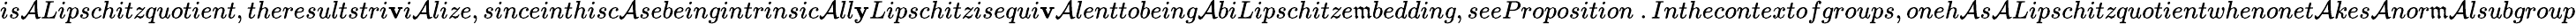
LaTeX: is\mathcal{A}Lipschitzquotient,theresultstri\mathbf{v}i\mathcal{A}lize,sinceinthisc\mathcal{A}sebeingintrinsic\mathcal{A}ll\mathbf{y}Lipschitzisequi\mathbf{v}\mathcal{A}lenttobeing\mathcal{A}biLipschitze\mathfrak{m}bedding,seeProposition~.Inthecontextofgroups,oneh\mathcal{A}s\mathcal{A}Lipschitzquotientwhenonet\mathcal{A}kes\mathcal{A}nor\mathfrak{m}\mathcal{A}lsubgroup